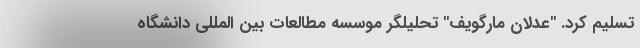
تسلیم کرد. "عدلان مارگویف" تحلیلگر موسسه مطالعات بین المللی دانشگاه